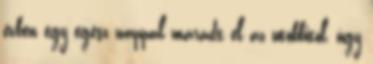
évben egy egész nappal maradt el az utóbbitól, úgy